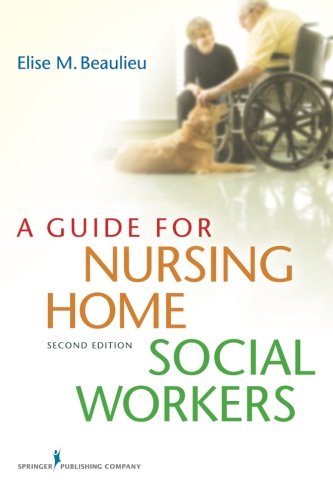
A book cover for A Guide for Nursing Home Social Workers, Second Edition; Elise Beaulieu PhD  MSW  LICSW; Medical Books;